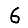
Digit: 6